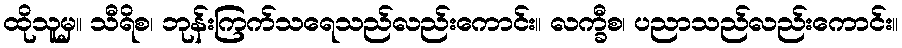
ထိုသူမှ။ သီရိစ၊ ဘုန်းကြက်သရေသည်လည်းကောင်း။ လက္ခီစ၊ ပညာသည်လည်းကောင်း။